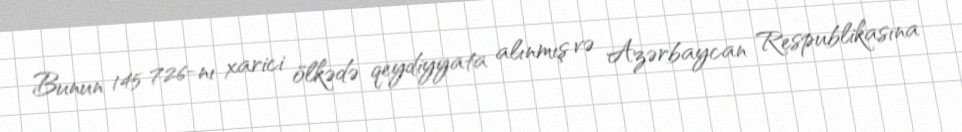
Bunun 145 726-nı xarici ölkədə qeydiyyata alınmış və Azərbaycan Respublikasına